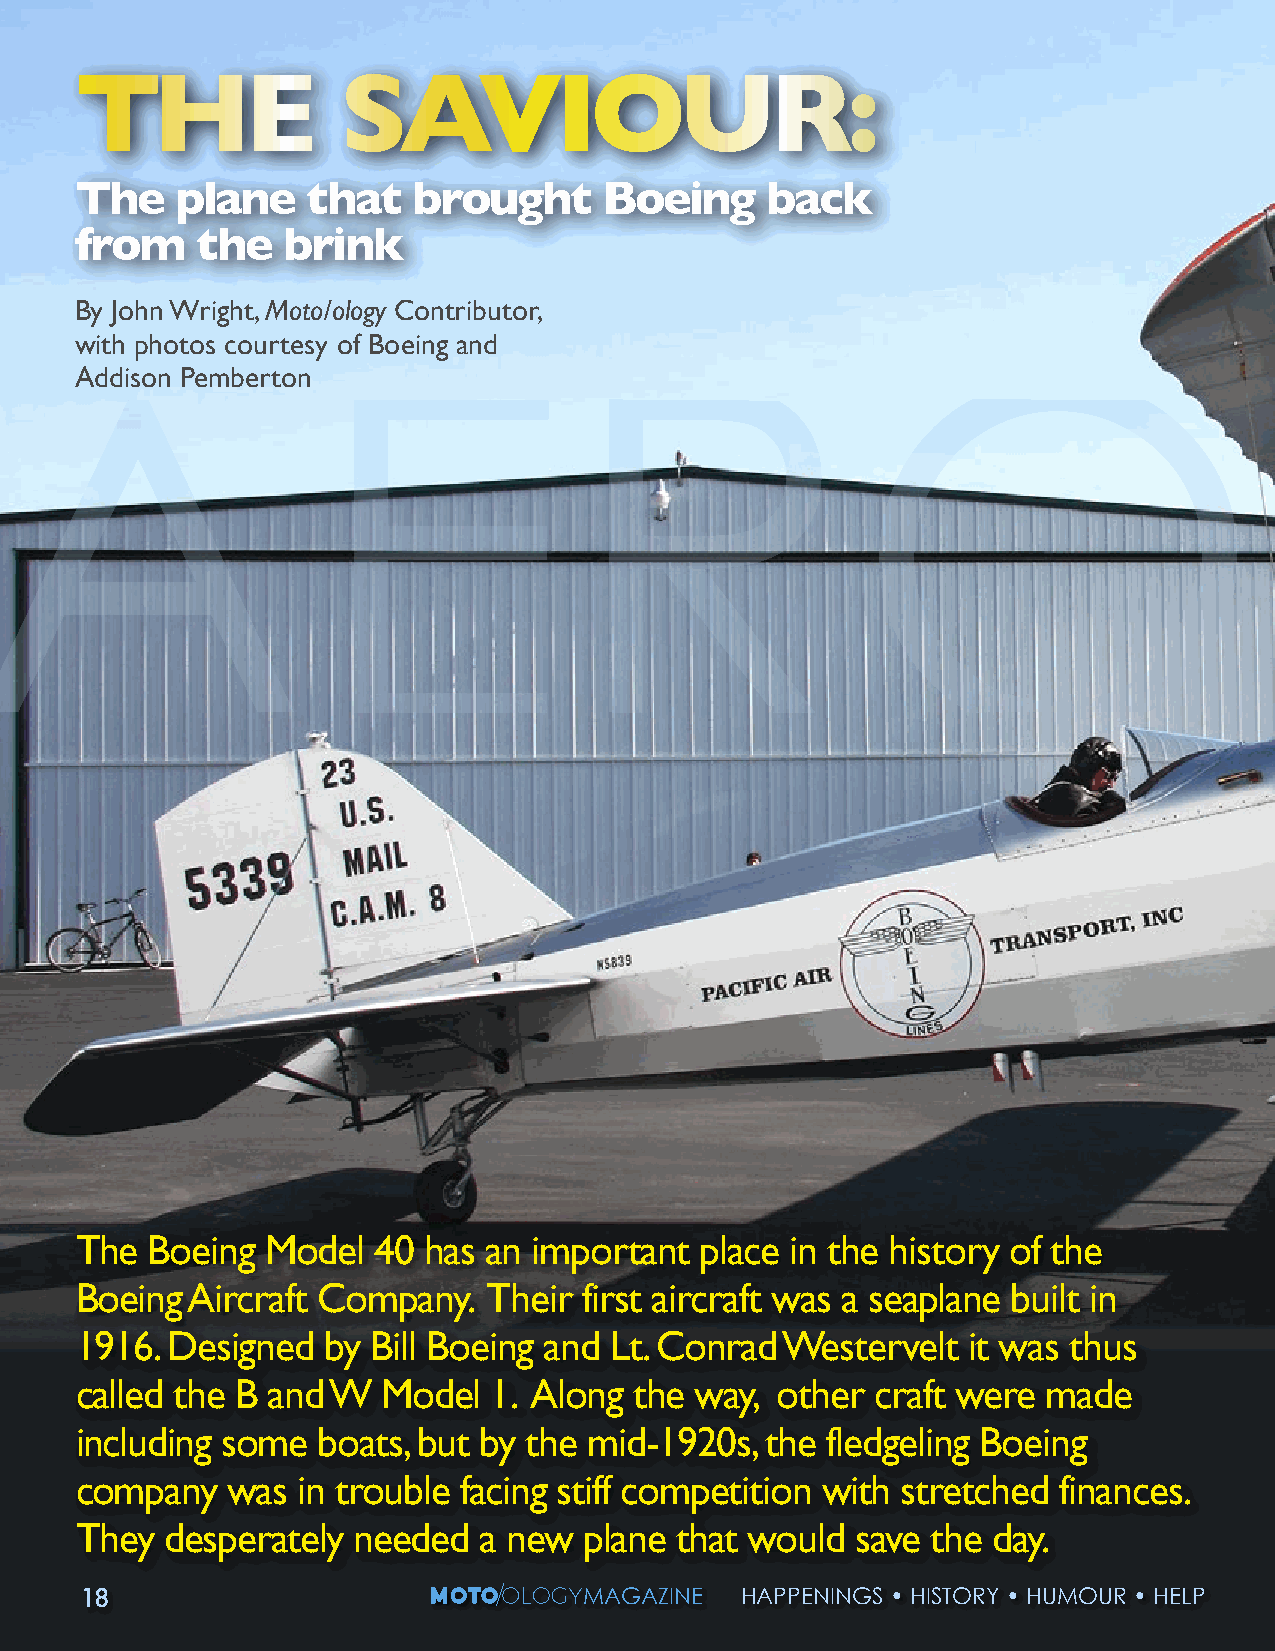
THE              SAVIOUR:
 The    plane   that   brought      Boeing     back
 from    the   brink
 By John Wright, Moto/ology Contributor,
 with photos courtesy of Boeing and
 Addison Pemberton
 The  Boeing  Model  40 has an important  place in the history of the
 Boeing Aircraft Company.   Their  first aircraft was a seaplane built in
 1916. Designed  by  Bill Boeing and Lt. Conrad Westervelt  it was thus
 called the B and W  Model   1. Along the way, other  craft were made
 including some  boats, but by the mid-1920s,  the fledgeling Boeing
 company   was  in trouble facing stiff competition with stretched finances.
 They  desperately needed   a new  plane that would  save the day.
 1188                             MMAAGGAAZZININEE HHAAPPPPEENNININGGSS •• HHISISTTOORRYY •• HHUUMMOOUURR •• HHEELLPP